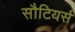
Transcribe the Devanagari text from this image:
सौटियर्स